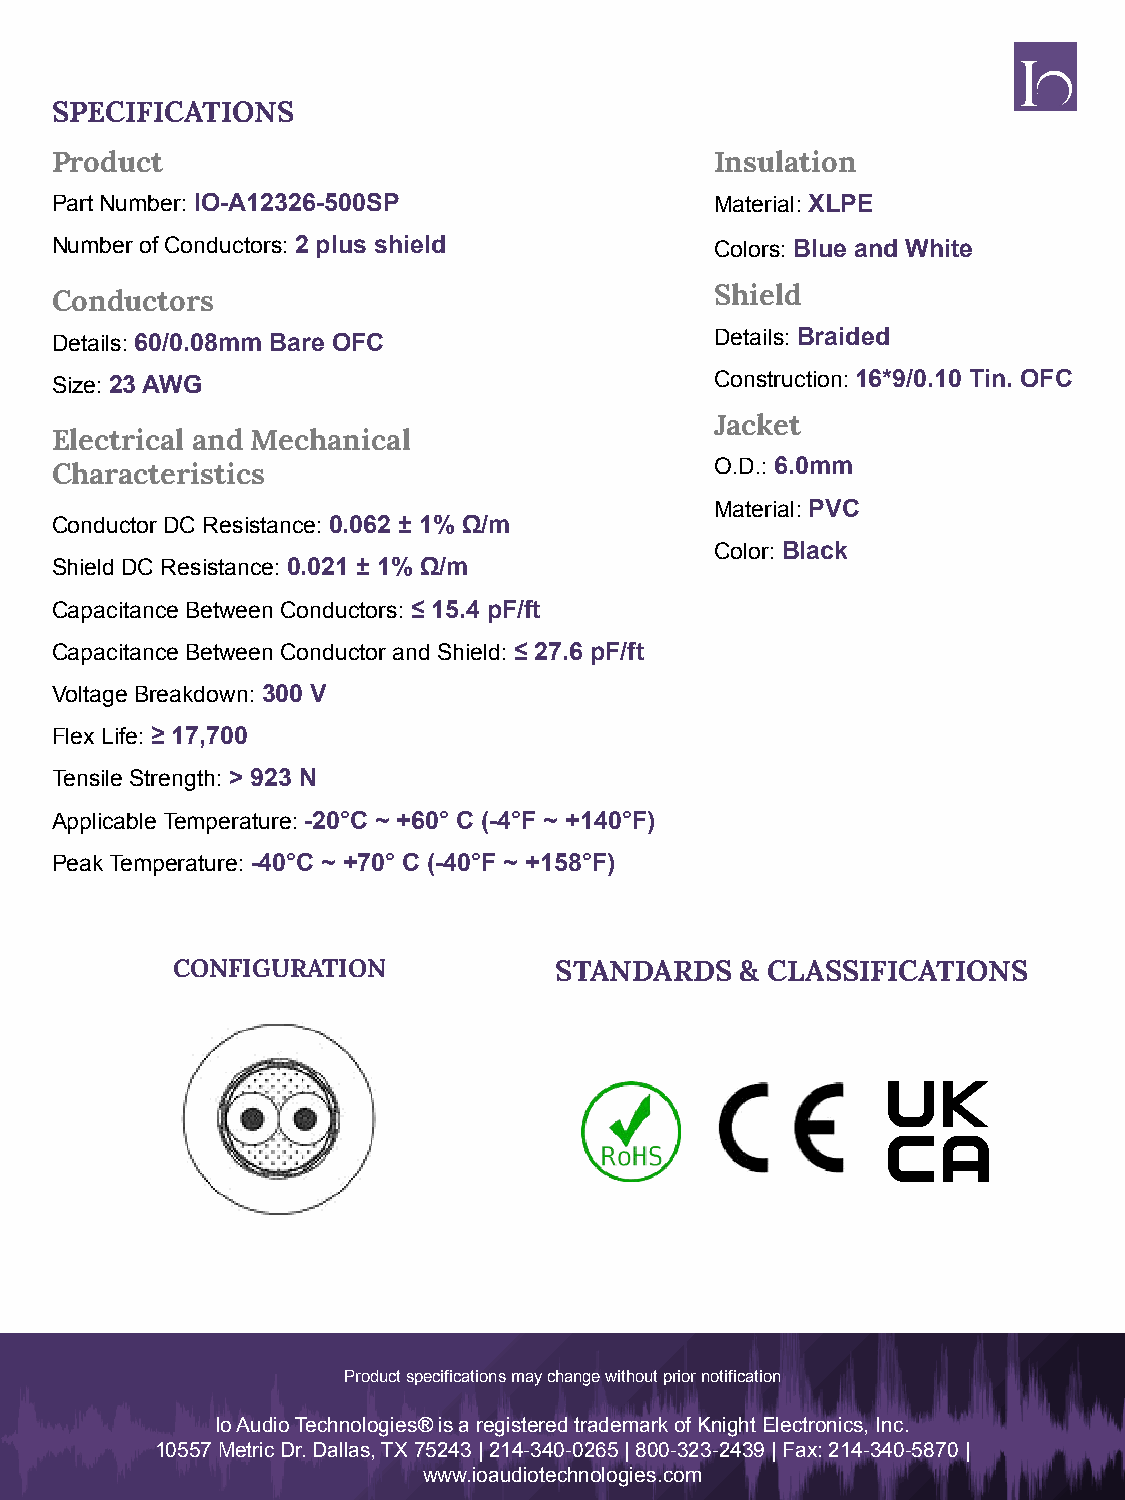
SPECIFICATIONS
 Product                                     Insulation
 Part Number: IO-A12326-500SP                Material: XLPE
 Number of Conductors: 2 plus shield         Colors: Blue and White
 Conductors                                  Shield
 Details: 60/0.08mm Bare OFC                 Details: Braided
 Size: 23 AWG                                Construction: 16*9/0.10 Tin. OFC
 Jacket
 Electrical and Mechanical
 O.D.: 6.0mm
 Characteristics
 Material: PVC
 Conductor DC Resistance: 0.062 ± 1% Ω/m
 Color: Black
 Shield DC Resistance: 0.021 ± 1% Ω/m
 Capacitance Between Conductors: ≤ 15.4 pF/ft
 Capacitance Between Conductor and Shield: ≤ 27.6 pF/ft
 Voltage Breakdown: 300 V
 Flex Life: ≥ 17,700
 Tensile Strength: > 923 N
 Applicable Temperature: -20°C ~ +60° C (-4°F ~ +140°F)
 Peak Temperature: -40°C ~ +70° C (-40°F ~ +158°F)
 CONFIGURATION             STANDARDS   & CLASSIFICATIONS
 Product specifications may change without prior notification
 Io Audio Technologies® is a registered trademark of Knight Electronics, Inc.
 10557 Metric Dr. Dallas, TX 75243 | 214-340-0265 | 800-323-2439 | Fax: 214-340-5870 |
 www.ioaudiotechnologies.com